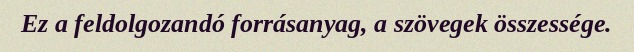
Ez a feldolgozandó forrásanyag, a szövegek összessége.